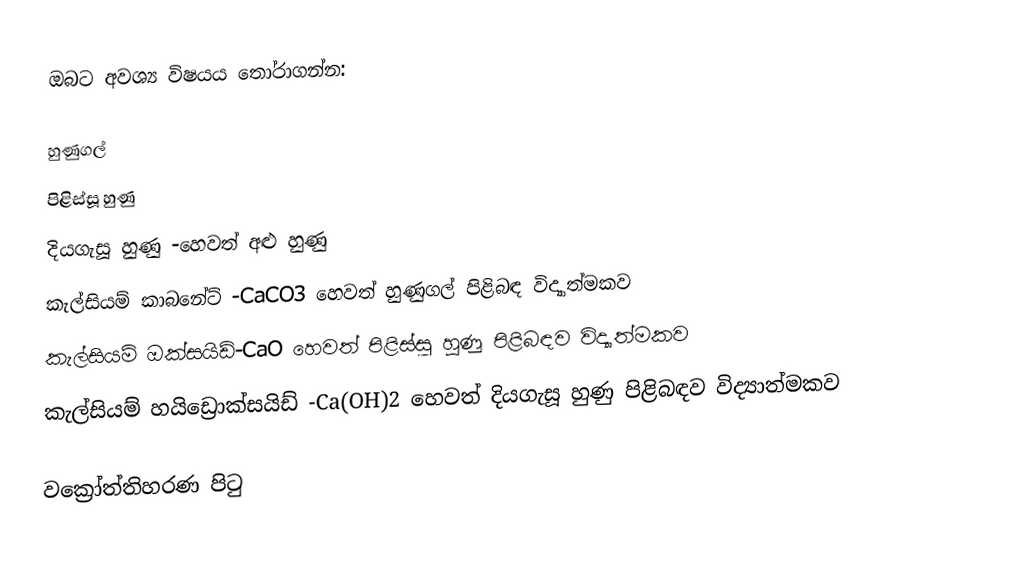
ඔබට අවශ්‍ය විෂයය තෝරාගන්න:

 හුණුගල්
 පිළිස්සූ හුණු
 දියගැසූ හුණු -හෙවත් අළු හුණු
 කැල්සියම් කාබනේට් -CaCO3 හෙවත් හුණුගල් පිළිබඳ විද්‍යාත්මකව
 කැල්සියම් ඔක්සයිඩ්-CaO හෙවත් පිළිස්සූ හුණු පිළිබඳව විද්‍යාත්මකව
 කැල්සියම් හයිඩ්‍රොක්සයිඩ් -Ca(OH)2  හෙවත් දියගැසූ හුණු පිළිබඳව විද්‍යාත්මකව

වක්‍රෝත්තිහරණ පිටු